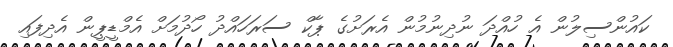
ކައުންސިލުން އެ ހުއްދަ ނުދިނުމުން އެރަށުގެ ޕާކް ސަރަހައްދު ހޯދުމަށް އެމްޑީޕީން އެދިފައި